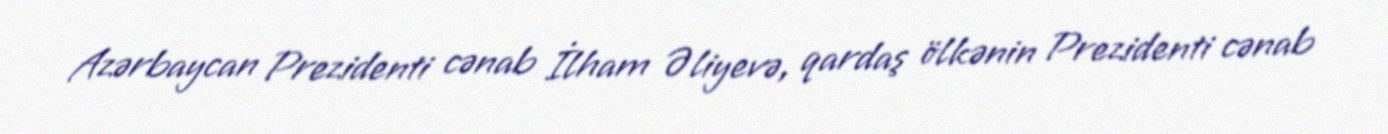
Azərbaycan Prezidenti cənab İlham Əliyevə, qardaş ölkənin Prezidenti cənab